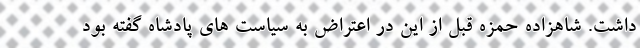
داشت. شاهزاده حمزه قبل از این در اعتراض به سیاست های پادشاه گفته بود